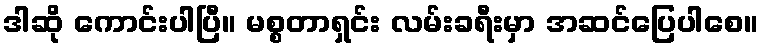
ဒါဆို ကောင်းပါပြီ။ မစ္စတာရှင်း လမ်းခရီးမှာ အဆင်ပြေပါစေ။